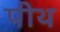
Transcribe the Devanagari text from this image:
पीथ